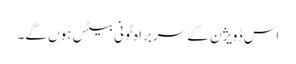
اس ڈویژن کے سربراہ ٹونی بیٹس ہوں گے۔